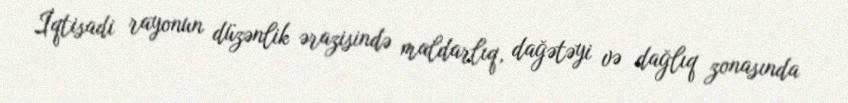
İqtisadi rayonun düzənlik ərazisində maldarlıq, dağətəyi və dağlıq zonasında